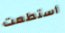
أستطعت